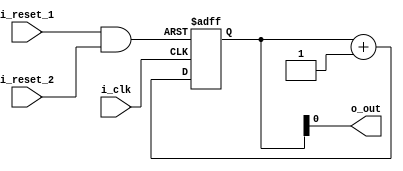
// reset on two simultaneous conditions
module dualreset (input i_reset_1, i_reset_2, i_clk, 
             output o_out);

    reg [2:0] count = 0;
    assign o_out = count[0];

    assign reset = i_reset_1 & i_reset_2;

    always @(posedge i_clk or posedge reset) begin
        if (reset)
            count <= 0;
        else
            count <= count + 1'b1;
    end

endmodule